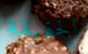
الحقيقة